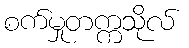
စက်မှုတက္ကသိုလ်